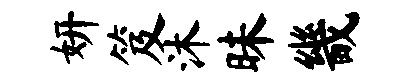
妍笈沐昧畿